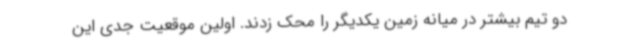
دو تیم بیشتر در میانه زمین یکدیگر را محک زدند. اولین موقعیت جدی این